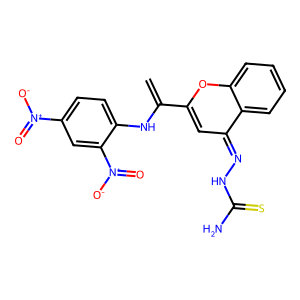
SMILES: C=C(Nc1ccc([N+](=O)[O-])cc1[N+](=O)[O-])c1cc(=NNC(N)=S)c2ccccc2o1
Inhibits HIV replication: No